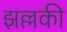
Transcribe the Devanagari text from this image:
झल्लकी